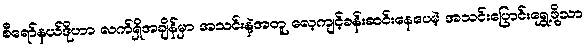
စီရော်နယ်ဒိုဟာ လက်ရှိအချိန်မှာ အသင်းနဲ့အတူ လေ့ကျင့်ခန်းဆင်းနေပေမဲ့ အသင်းပြောင်းရွှေ့ဖို့သာ